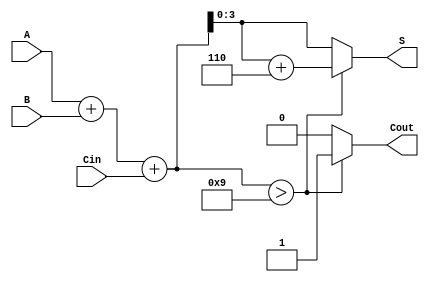
module bcd_asynchronous_adder (
    input  [3:0] A,       // 4-bit BCD input A
    input  [3:0] B,       // 4-bit BCD input B
    input        Cin,      // Carry-in input
    output reg [3:0] S,   // 4-bit BCD output S
    output reg Cout       // Carry-out output
);
    // Internal wires
    wire [4:0] sum;       // 5-bit sum to accommodate carry
    wire adjustment;       // Flag for adjustment needed

    // Step 1: Binary addition
    assign sum = A + B + Cin;

    // Step 2: Check for BCD validity (sum > 9)
    assign adjustment = (sum > 9);

    // Step 3: Output generation
    always @(*) begin
        if (adjustment) begin
            S = sum + 4'b0110; // Add 6 to the sum if adjustment is needed
            Cout = 1'b1;       // Set carry-out
        end else begin
            S = sum[3:0];      // Output lower 4 bits if valid BCD
            Cout = 1'b0;       // No carry-out
        end
    end
endmodule